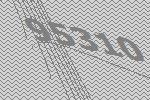
95310